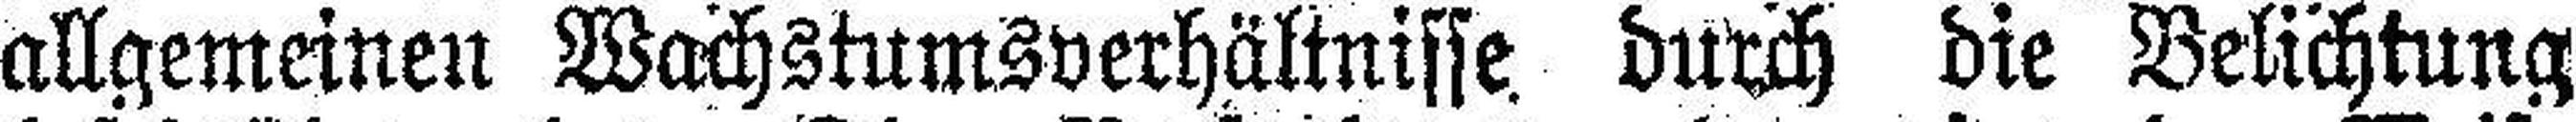
allgemeinen Wachstumsverhältnisse, durch die Belichtung